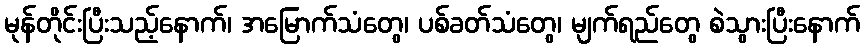
မုန်တိုင်းပြီးသည့်နောက်၊ အမြောက်သံတွေ၊ ပစ်ခတ်သံတွေ၊ မျက်ရည်တွေ စဲသွားပြီးနောက်